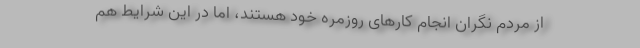
از مردم نگران انجام کارهای روزمره خود هستند، اما در این شرایط هم